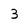
Character: 3